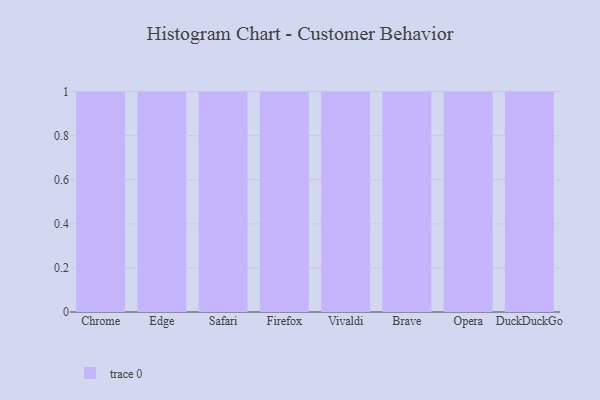
{"axis": {"x": "Browser", "y": "Waste Production (Tons)"}, "legend": [""], "data": [{"x": "Chrome", "y": 91, "type": ""}, {"x": "Edge", "y": 27, "type": ""}, {"x": "Safari", "y": 16, "type": ""}, {"x": "Firefox", "y": 26, "type": ""}, {"x": "Vivaldi", "y": 28, "type": ""}, {"x": "Brave", "y": 56, "type": ""}, {"x": "Opera", "y": 48, "type": ""}, {"x": "DuckDuckGo", "y": 47, "type": ""}]}